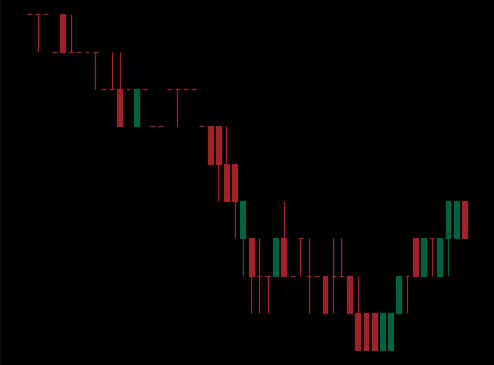
Pattern: bull_flag